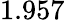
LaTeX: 1.957